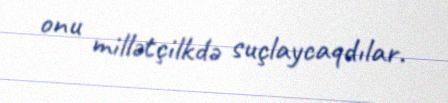
onu millətçilkdə suçlaycaqdılar.